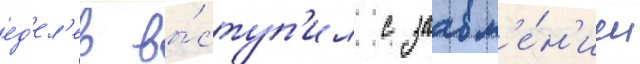
ед'ел'ев вы́ступ'ил с заавл'е́н'ием